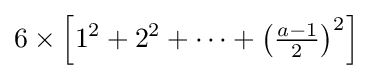
6\times \left[1^{2}+2^{2}+\cdots +\left({\tfrac {a-1}{2}}\right)^{2}\right]